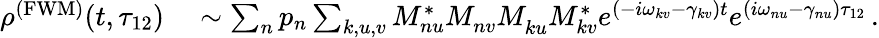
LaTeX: \begin{array}{rl}{\rho^{\mathrm{(FWM)}}(t,\tau_{12})}&{{}\sim\sum_{n}p_{n}\sum_{k,u,v}M_{nu}^{*}M_{nv}^{}M_{ku}^{}M_{kv}^{*}e^{(-i\omega_{kv}-\gamma_{kv})t}e^{(i\omega_{nu}-\gamma_{nu})\tau_{12}}\, .}\end{array}